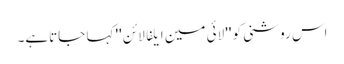
اس روشنی کو '' لائی مین ایلفا لائن '' کہا جاتاہے۔